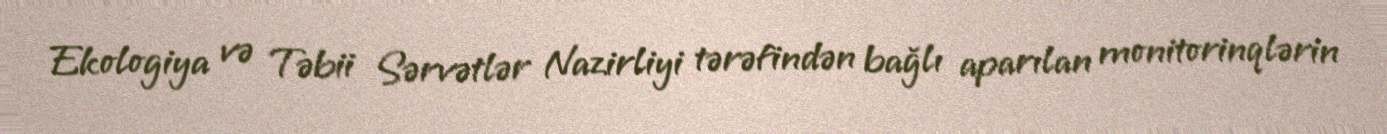
Ekologiya və Təbii Sərvətlər Nazirliyi tərəfindən bağlı aparılan monitorinqlərin